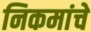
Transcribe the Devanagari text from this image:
निकमांचे